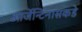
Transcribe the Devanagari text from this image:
आर्जेन्टिनासकडे